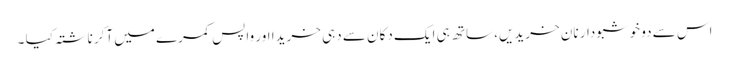
اس سے دو خوشبودار نان خریدیں، ساتھ ہی ایک دکان سے دہی خریدا اور واپس کمرے میں آکر ناشتہ کیا ۔